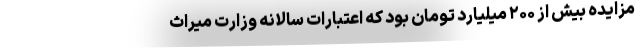
مزایده بیش از ۲۰۰ میلیارد تومان بود که اعتبارات سالانه وزارت میراث